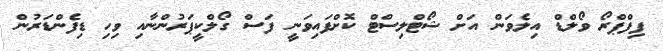
ފިފްޕްރޯ ވޯލްޑް އިލެވަން އަށް ޝޯޓްލިސްޓް ކޮށްފައިވަނީ ފަސް ގޯލްކީޕަރުންނާއި ވިހި ޑިފެންޑަރުން